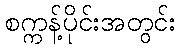
စက္ကန့်ပိုင်းအတွင်း